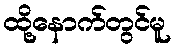
ထို့နောက်တွင်မူ